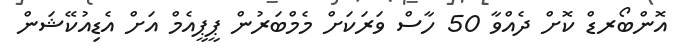
އޮންބޯރޑް ކޮށް ދެއްވާ 50 ހާސް ވަރަކަށް މެމްބަރުން ޕީޕީއެމް އަށް އެޑިއުކޭޝަން